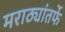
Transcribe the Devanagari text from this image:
मराठ्यांतर्फे